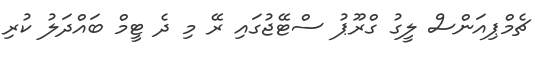
ޗެމްޕިއަންސް ލީގު ގްރޫޕު ސްޓޭޖުގައި ރޭ މި ދެ ޓީމް ބައްދަލު ކުރި